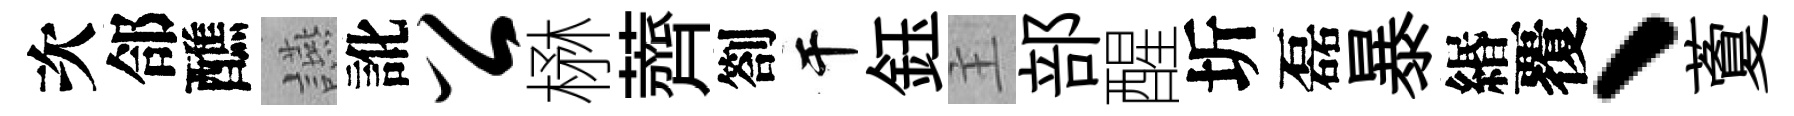
次郃醮讌訛公楙薺劄干鈺主部醒圻磊暴緡覆、藑